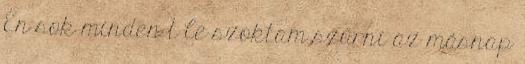
Én sok minden t le szoktam szűrni az másnap